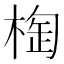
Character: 𣖑